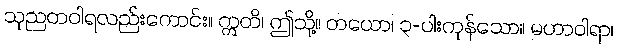
သုညတဝါရလည်းကောင်း။ ဣတိ၊ ဤသို့။ တယော၊ ၃-ပါးကုန်သော။ မဟာဝါရာ၊